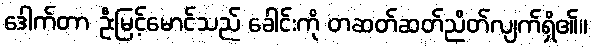
ဒေါက်တာ ဦးမြင့်မောင်သည် ခေါင်းကို တဆတ်ဆတ်ညိတ်လျက်ရှိ၏။